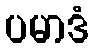
ပမာဒံ